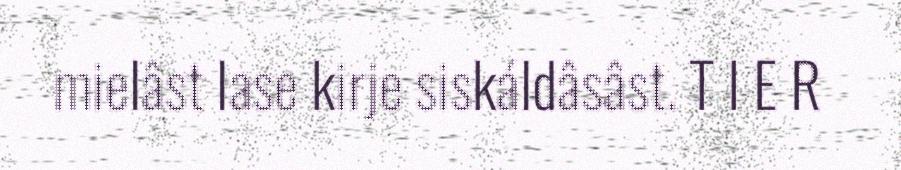
mielâst lase kirje siskáldâsâst. T I E R